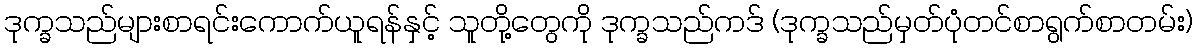
ဒုက္ခသည်များစာရင်းကောက်ယူရန်နှင့် သူတို့တွေကို ဒုက္ခသည်ကဒ် (ဒုက္ခသည်မှတ်ပုံတင်စာရွက်စာတမ်း)